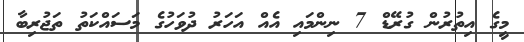
މީގެ އިތުރުން ގުރޭޑް 7 ނިންމައި އެއް އަހަރު ދުވަހުގެ މަސައްކަތު ތަޖުރިބާ